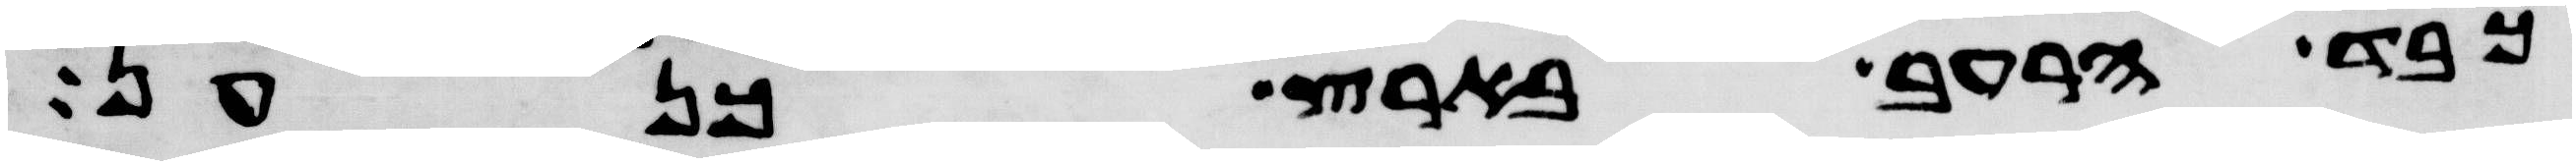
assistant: כבד הרעב בארץ כנען